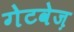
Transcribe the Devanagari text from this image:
गेटवेज़